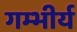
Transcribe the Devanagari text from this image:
गम्भीर्य